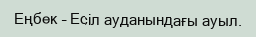
Еңбек – Есіл ауданындағы ауыл.